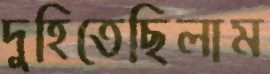
দুহিতেছিলাম